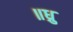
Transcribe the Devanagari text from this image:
॥ध्रु